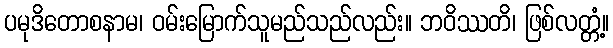
ပမုဒိတောစနာမ၊ ဝမ်းမြောက်သူမည်သည်လည်း။ ဘဝိဿတိ၊ ဖြစ်လတ္တံ့။